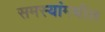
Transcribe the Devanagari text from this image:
समस्यांमधील